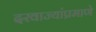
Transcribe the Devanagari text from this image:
दरवाज्यांप्रमाणे